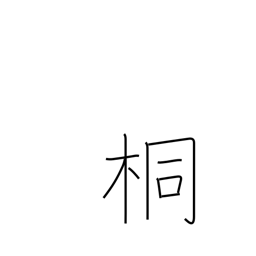
Meaning: paulownia